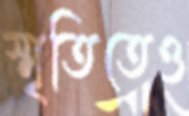
স্মৃতিতেও